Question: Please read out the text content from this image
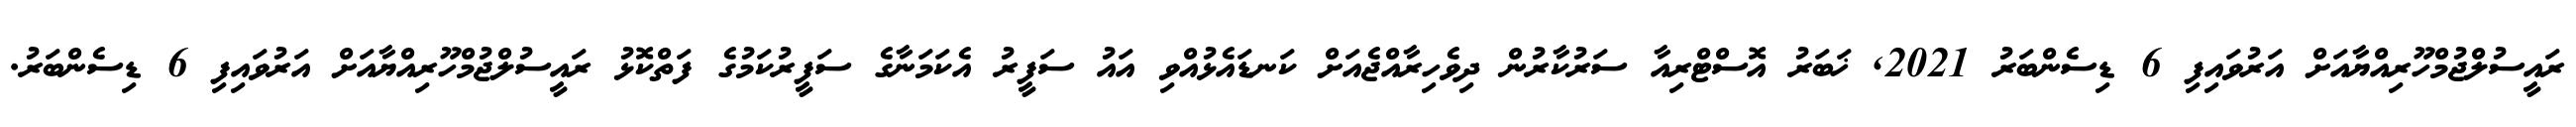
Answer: ރައީސުލްޖުމްހޫރިއްޔާއަށް އަރުވައިފި 6 ޑިސެންބަރު 2021, ޚަބަރު އޮސްޓްރިއާ ސަރުކާރުން ދިވެހިރާއްޖެއަށް ކަނޑައެޅުއްވި އައު ސަފީރު އެކަމަނާގެ ސަފީރުކަމުގެ ފަތްކޮޅު ރައީސުލްޖުމްހޫރިއްޔާއަށް އަރުވައިފި 6 ޑިސެންބަރު.